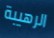
الرهيبة